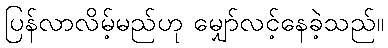
ပြန်လာလိမ့်မည်ဟု မျှော်လင့်နေခဲ့သည်။